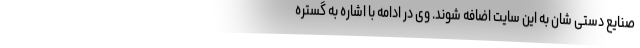
صنایع دستی شان به این سایت اضافه شوند. وی در ادامه با اشاره به گستره